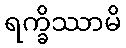
ရက္ခိဿာမိ